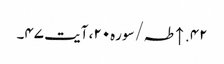
۴۲. ↑ طہ/سوره۲۰، آیت ۴۷۔